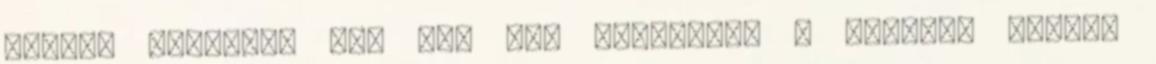
hűtőbe tesszük, míg meg nem szilárdul a massza. Közben